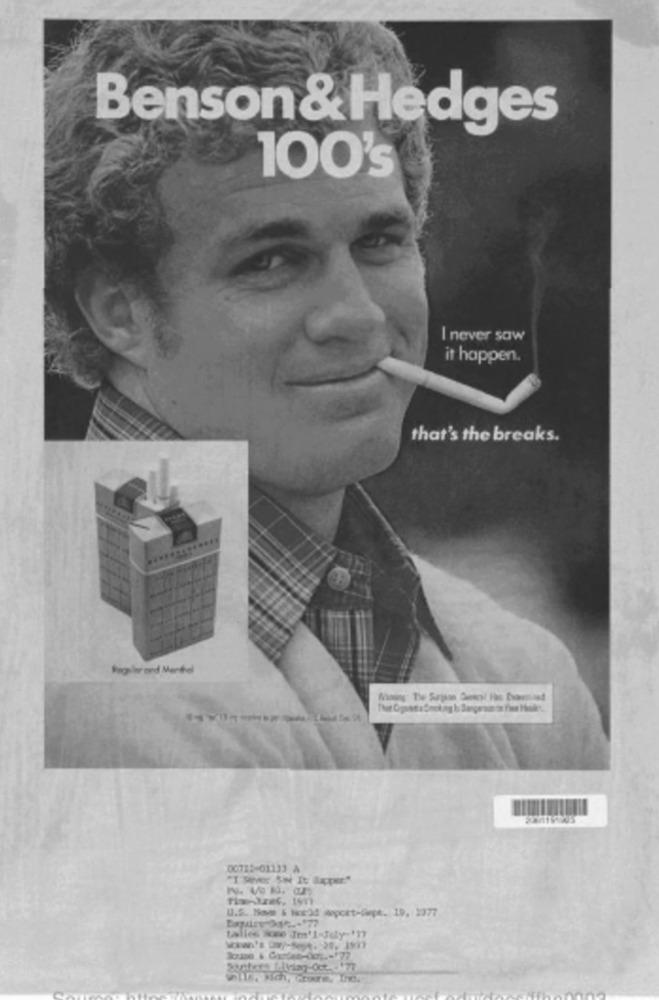
Benson& Hedges
100's
I never saw
it happen.
that's the breaks.
.............
Ragir ond Mantel
00722-01133 A
U.S. Hom & Nice) Mopcet-dept. 19. 2377
talles ivee Jn'l-Jey-'17
Walls, sich, cture, Inc.